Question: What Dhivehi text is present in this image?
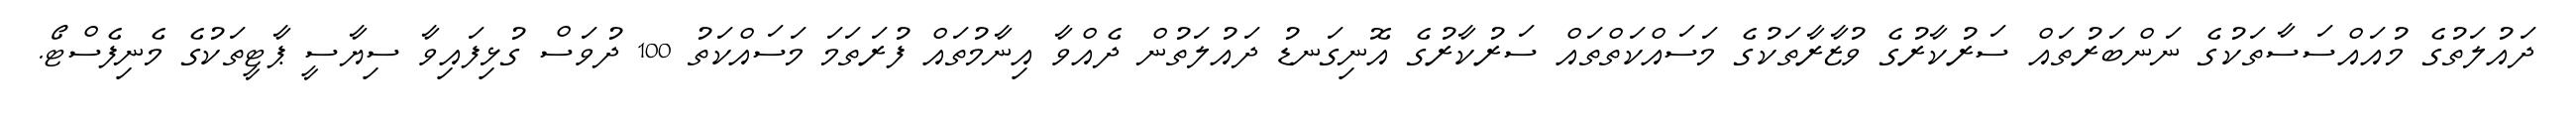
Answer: ދައުލަތުގެ މުއައްސަސާތަކުގެ ނަންބަރުތައް ސަރުކާރުގެ ވުޒާރާތަކުގެ މަސައްކަތްތައް ސަރުކާރުގެ އޮނިގަނޑު ދައުލަތުން ދެއްވާ އިނާމުތައް ފުރަތަމަ މަސައްކަތު 100 ދުވަސް ގުޅިފައިވާ ސިޔާސީ ޕާޓީތަކުގެ މެނިފެސްޓޯ.